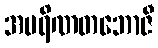
အပရိဏတဘောဇီ